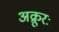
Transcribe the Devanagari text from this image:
अक्रूरः